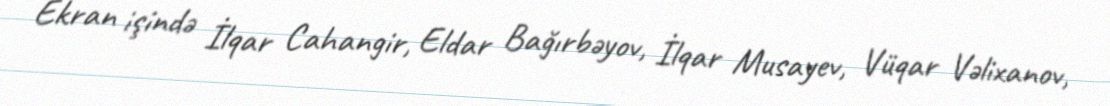
Ekran işində İlqar Cahangir, Eldar Bağırbəyov, İlqar Musayev, Vüqar Vəlixanov,